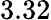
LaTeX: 3.32